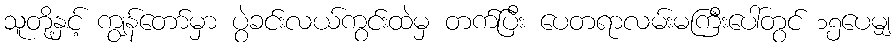
သူတို့နှင့် ကျွန်တော်မှာ ပွဲခင်းလယ်ကွင်းထဲမှ တက်ပြီး ပေတရာလမ်းမကြီးပေါ်တွင် ၁၅ပေမျှ